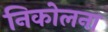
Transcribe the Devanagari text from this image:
निकोलना